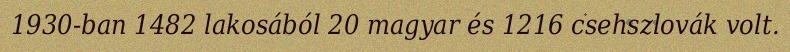
1930-ban 1482 lakosából 20 magyar és 1216 csehszlovák volt.